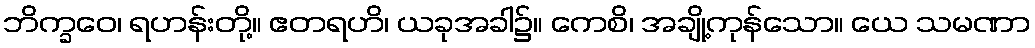
ဘိက္ခဝေ၊ ရဟန်းတို့။ ဧတရဟိ၊ ယခုအခါ၌။ ကေစိ၊ အချို့ကုန်သော။ ယေ သမဏာ